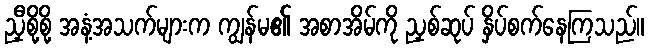
ညှီစို့စို့ အနံ့အသက်များက ကျွန်မ၏ အစာအိမ်ကို ညှစ်ဆုပ် နှိပ်စက်နေကြသည်။